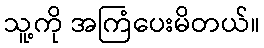
သူ့ကို အကြံပေးမိတယ်။